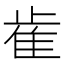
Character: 𰙭